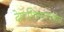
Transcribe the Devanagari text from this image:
देहाभिमानपाशेन